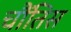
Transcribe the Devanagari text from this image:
चौंतिस